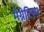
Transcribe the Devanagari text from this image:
मैग्नेटिस्म